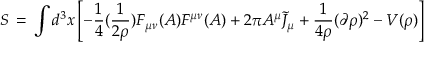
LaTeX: S \, = \, \int d ^ { 3 } x \left[ - \frac { 1 } { 4 } ( \frac { 1 } { 2 \rho } ) F _ { \mu \nu } ( A ) F ^ { \mu \nu } ( A ) + 2 \pi A ^ { \mu } { \tilde { J } } _ { \mu } + \frac { 1 } { 4 \rho } ( \partial \rho ) ^ { 2 } - V ( \rho ) \right]